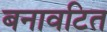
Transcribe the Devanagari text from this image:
बनावटित